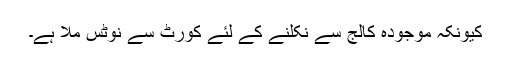
کیونکہ موجودہ کالج سے نکلنے کے لئے کورٹ سے نوٹس ملا ہے۔